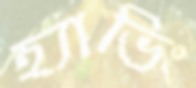
হ্যাভিং